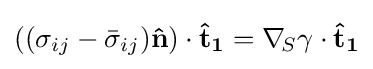
((\sigma _{ij}-{\bar {\sigma }}_{ij})\mathbf {\hat {n}} )\cdot \mathbf {{\hat {t}}_{1}} =\nabla _{\!S}\gamma \cdot \mathbf {{\hat {t}}_{1}}